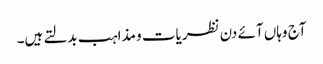
آج وہاں آئے دن نظریات و مذاہب بدلتے ہیں۔